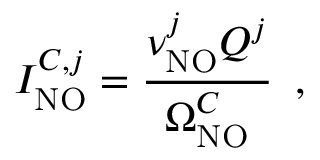
I _ { \mathrm { N O } } ^ { C , j } = \frac { \nu _ { \mathrm { N O } } ^ { j } Q ^ { j } } { \Omega _ { \mathrm { N O } } ^ { C } } \, \mathrm { ~ , ~ }